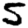
Digit: 5